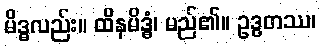
မိဒ္ဓလည်း။ ထိနမိဒ္ဓံ၊ မည်၏။ ဥဒ္ဓတဿ၊